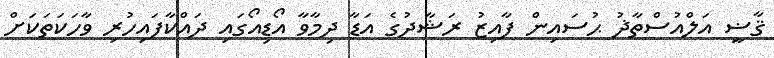
ޤާޟީ އަލްއުސްތާޛު ޙުސައިން ފާއިޒު ރަޝާދުގެ އަޑާ ދިމާވާ އޯޑިއޯގައި ދައްކާފައިހުރި ވާހަކަތަކަށް